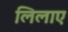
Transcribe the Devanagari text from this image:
लिलाए